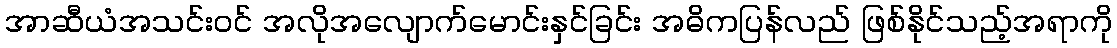
အာဆီယံအသင်းဝင် အလိုအလျောက်မောင်းနှင်ခြင်း အဓိကပြန်လည် ဖြစ်နိုင်သည့်အရာကို